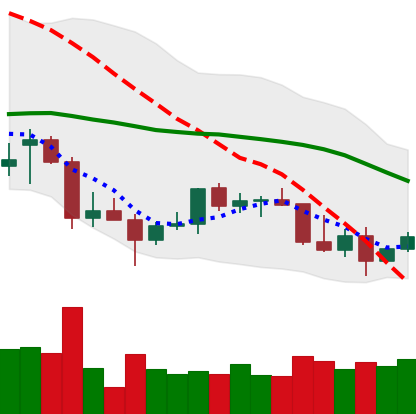
Ticker: TRX-USD
Chart end date: 2022-01-02
Forward return: -12.414%
Label: down_7plus